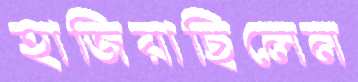
হাজিয়াছিলেন